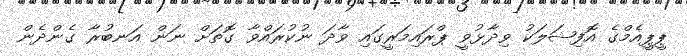
ޕީޕީއެމްގެ އޮފިޝަލަކު ވިދާޅުވީ ޕްރައިމަރީގައި ވާދަ ނުކުރައްވާ ގޮތަށް ނަން އަނބުރާ ގެންދެން